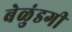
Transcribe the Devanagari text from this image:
बेळुंडगी